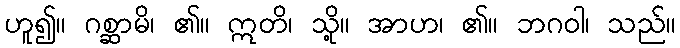
ဟူ၍။ ဂစ္ဆာမိ၊ ၏။ ဣတိ၊ သို့။ အာဟ၊ ၏။ ဘဂဝါ၊ သည်။